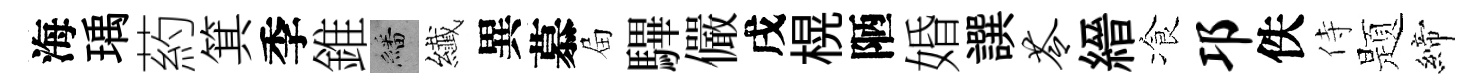
海瑀葯箕季錐繙纎異慕屇驆儼戌榥陋婚譔苓縉飡邛佚侍题締